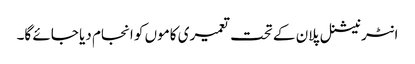
انٹر نیشنل پلان کے تحت تعمیری کاموں کو انجام دیا جائے گا۔